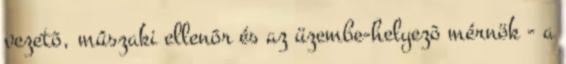
vezetõ, mûszaki ellenõr és az üzembe-helyezõ mérnök - a